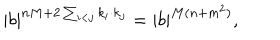
| b | ^ { n M + 2 \sum _ { i < j } k _ { i } \cdot k _ { j } } = | b | ^ { M ( n + m ^ { 2 } ) } ,